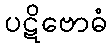
ပဋိဗောဓံ